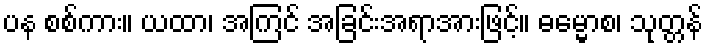
ပန စစ်ကား။ ယထာ၊ အကြင် အခြင်းအရာအားဖြင့်။ ဓမ္မောစ၊ သုတ္တန်